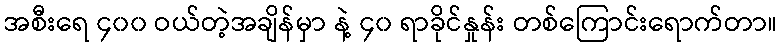
အစီးရေ ၄၀၀ ဝယ်တဲ့အချိန်မှာ နဲ့ ၄၀ ရာခိုင်နှုန်း တစ်ကြောင်းရောက်တာ။